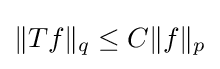
\|Tf\|_{q}\leq C\|f\|_{p}